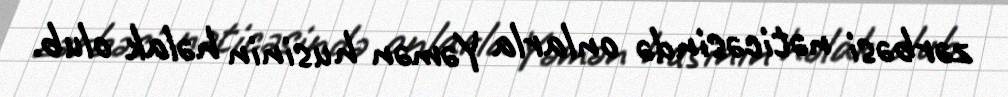
zərbəsi nəticəsində onlarla Yəmən husinin həlak olub.